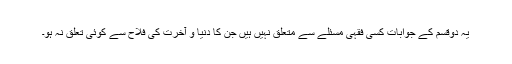
یہ دوقسم کے جوابات کسی فقہی مسئلے سے متعلق نہیں ہیں جن کا دنیا و آخرت کی فلاح سے کوئی تعلق نہ ہو۔